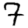
Digit: 7